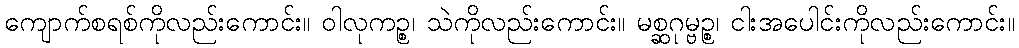
ကျောက်စရစ်ကိုလည်းကောင်း။ ဝါလုကဉ္စ၊ သဲကိုလည်းကောင်း။ မစ္ဆဂုမ္ဗဉ္စ၊ ငါးအပေါင်းကိုလည်းကောင်း။